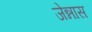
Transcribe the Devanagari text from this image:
जेन्नास